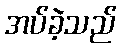
အပ်ခဲ့သည်